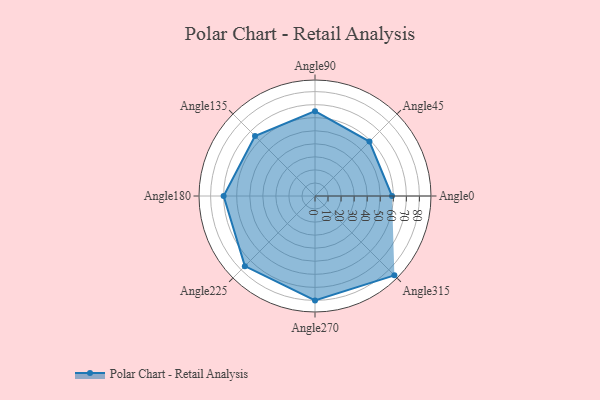
{"axis": {"x": "Angle", "y": "Radius"}, "legend": [""], "data": [{"x": "Angle0", "y": 59.0, "type": ""}, {"x": "Angle45", "y": 59.0, "type": ""}, {"x": "Angle90", "y": 65.0, "type": ""}, {"x": "Angle135", "y": 65.0, "type": ""}, {"x": "Angle180", "y": 70.0, "type": ""}, {"x": "Angle225", "y": 76.0, "type": ""}, {"x": "Angle270", "y": 80.0, "type": ""}, {"x": "Angle315", "y": 86.0, "type": ""}]}